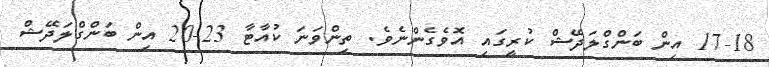
17-18 އިން ބަންގްލަދޭޝް ކުރީގައި އޮވެގެންނެވެ. ތިންވަނަ ކުއާޓާ 23-20 އިން ބަންގްލަދޭޝް